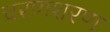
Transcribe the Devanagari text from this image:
चरणशरण